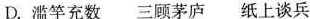
D.滥竽充数 三顾茅庐 纸上谈兵